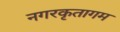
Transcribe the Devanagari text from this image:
नगरकृतागम